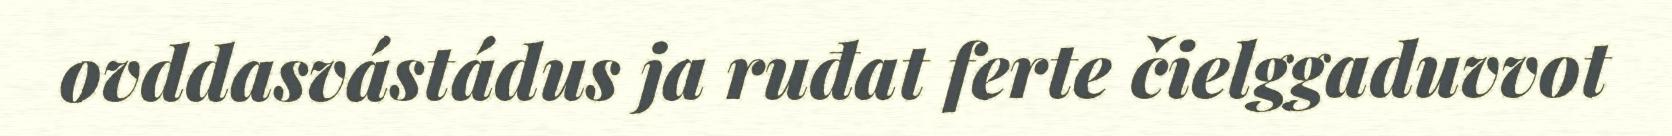
ovddasvástádus ja ruđat ferte čielggaduvvot